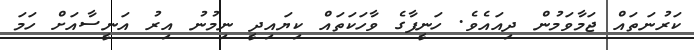
ކަރުނަތައް ޖަމާވަމުން ދިއައެވެ. ހަނީފާގެ ވާހަކަތައް ކިޔައިދީ ނިމުނު އިރު އަނީސާއަށް ހަމަ